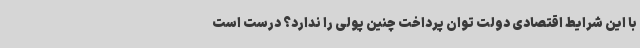
با این شرایط اقتصادی دولت توان پرداخت چنین پولی را ندارد؟ درست است